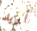
أريد